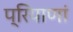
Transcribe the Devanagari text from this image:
प्रियाणां